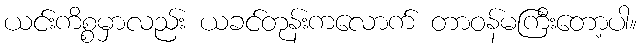
ယင်းကိစ္စမှာလည်း ယခင်တုန်းကလောက် တာဝန်မကြီးတော့ပါ။